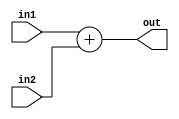
module Add (in1,in2,out);
input wire signed [31:0] in1, in2;
output wire [31:0] out;
assign out = in1 + in2;
endmodule //add

module StopControl(instr,stop);
input [31:0] instr;
output reg stop;
always @(*) stop <= (instr == 32'hffffffff) ? 1'b1 : 1'b0;
endmodule

module ShiftLeftBy2(in,out);
input [31:0] in;
output [31:0] out;
assign out = in << 2;
endmodule

module SignExt(in,out,op);
parameter andi = 6'b001100; 
parameter ori = 6'b001101;
parameter xori = 6'b001110;
input [5:0] op;
input  [15:0] in;
output [31:0] out;
assign out = (op===andi||op===ori||op===xori)?{{16{1'b0}}, in}:{{16{in[15]}}, in};
endmodule

module Comparator(input [31:0] in1,input [31:0] in2,output equal);
assign equal = (in1 == in2) ? 1'b1 : 1'b0;
endmodule

module Parser(input [31:0] in,output [5:0] op,output [5:0] funct,output [4:0] rs,output [4:0] rt,output [4:0] rd,output [4:0] shamt,output[15:0] imm,output[25:0] jaddress);
assign op = in[31:26];
assign funct = in[5:0];
assign rs = in[25:21];
assign rt = in[20:16];
assign rd = in[15:11];
assign shamt = in[10:6];
assign imm = in[15:0];
assign jaddress = in[25:0];
endmodule